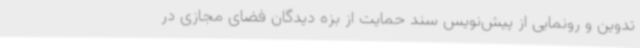
تدوین و رونمایی از پیش‌نویس سند حمایت از بزه دیدگان فضای مجازی در